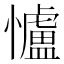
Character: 𢥈